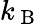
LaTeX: k_{\mathrm{~B~}}